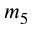
m _ { 5 }